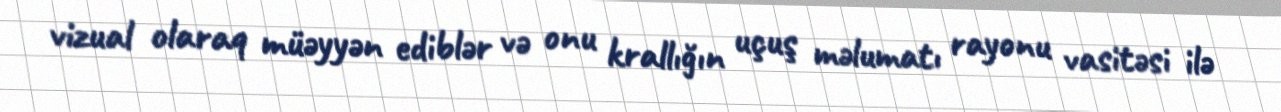
vizual olaraq müəyyən ediblər və onu krallığın uçuş məlumatı rayonu vasitəsi ilə